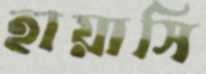
হায়াসি